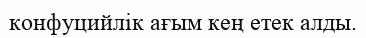
конфуцийлік ағым кең етек алды.